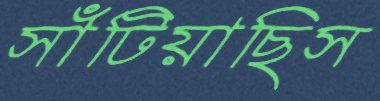
সাঁটিয়াছিস